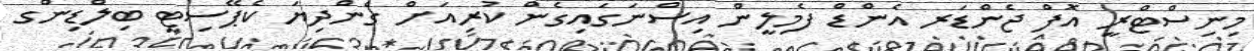
މިނިސްޓްރީ އޮފް ޖެންޑަރ އެންޑް ފެމިލީން އިސްނަގައިގެން ކުރިއަށް ގެންދިޔަ ކެޕޭސިޓީ ބިލްޑިންގ